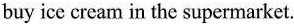
buy ice cream in the supermarket.